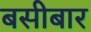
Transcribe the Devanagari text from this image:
बसीबार